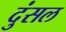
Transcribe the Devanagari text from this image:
दुंसल